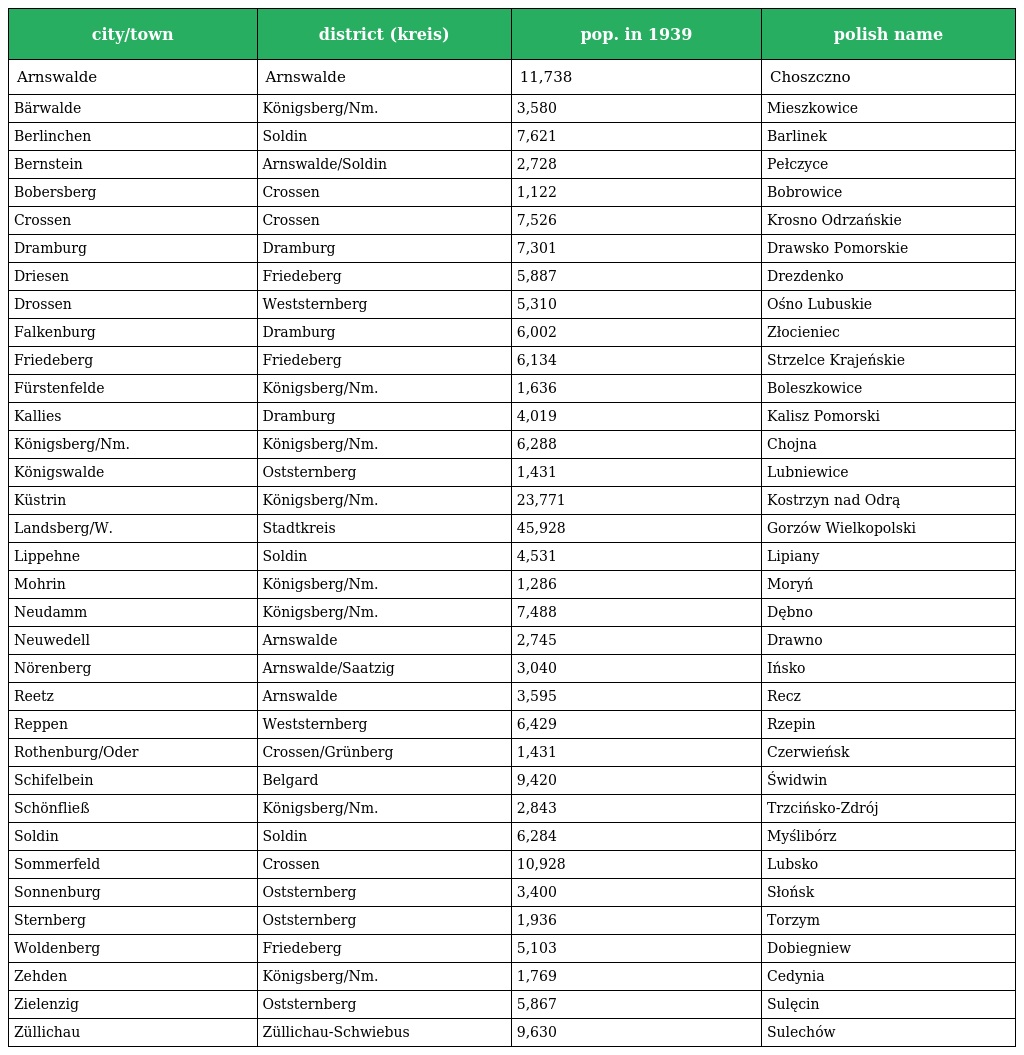
| city/town | district (kreis) | pop. in 1939 | polish name |
 | --- | --- | --- | --- |
 | Arnswalde | Arnswalde | 11,738 | Choszczno |
 | Bärwalde | Königsberg/Nm. | 3,580 | Mieszkowice |
 | Berlinchen | Soldin | 7,621 | Barlinek |
 | Bernstein | Arnswalde/Soldin | 2,728 | Pełczyce |
 | Bobersberg | Crossen | 1,122 | Bobrowice |
 | Crossen | Crossen | 7,526 | Krosno Odrzańskie |
 | Dramburg | Dramburg | 7,301 | Drawsko Pomorskie |
 | Driesen | Friedeberg | 5,887 | Drezdenko |
 | Drossen | Weststernberg | 5,310 | Ośno Lubuskie |
 | Falkenburg | Dramburg | 6,002 | Złocieniec |
 | Friedeberg | Friedeberg | 6,134 | Strzelce Krajeńskie |
 | Fürstenfelde | Königsberg/Nm. | 1,636 | Boleszkowice |
 | Kallies | Dramburg | 4,019 | Kalisz Pomorski |
 | Königsberg/Nm. | Königsberg/Nm. | 6,288 | Chojna |
 | Königswalde | Oststernberg | 1,431 | Lubniewice |
 | Küstrin | Königsberg/Nm. | 23,771 | Kostrzyn nad Odrą |
 | Landsberg/W. | Stadtkreis | 45,928 | Gorzów Wielkopolski |
 | Lippehne | Soldin | 4,531 | Lipiany |
 | Mohrin | Königsberg/Nm. | 1,286 | Moryń |
 | Neudamm | Königsberg/Nm. | 7,488 | Dębno |
 | Neuwedell | Arnswalde | 2,745 | Drawno |
 | Nörenberg | Arnswalde/Saatzig | 3,040 | Ińsko |
 | Reetz | Arnswalde | 3,595 | Recz |
 | Reppen | Weststernberg | 6,429 | Rzepin |
 | Rothenburg/Oder | Crossen/Grünberg | 1,431 | Czerwieńsk |
 | Schifelbein | Belgard | 9,420 | Świdwin |
 | Schönfließ | Königsberg/Nm. | 2,843 | Trzcińsko-Zdrój |
 | Soldin | Soldin | 6,284 | Myślibórz |
 | Sommerfeld | Crossen | 10,928 | Lubsko |
 | Sonnenburg | Oststernberg | 3,400 | Słońsk |
 | Sternberg | Oststernberg | 1,936 | Torzym |
 | Woldenberg | Friedeberg | 5,103 | Dobiegniew |
 | Zehden | Königsberg/Nm. | 1,769 | Cedynia |
 | Zielenzig | Oststernberg | 5,867 | Sulęcin |
 | Züllichau | Züllichau-Schwiebus | 9,630 | Sulechów |